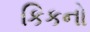
કિકનો